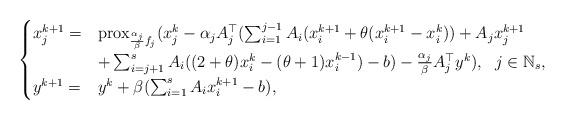
LaTeX: \begin{align*} \begin{cases} x_j^{k+1}=&\mathrm{prox}_{\frac{\alpha_j}{\beta}f_j}(x_j^k-\alpha_jA_j^\top(\sum_{i=1}^{j-1} A_i(x_i^{k+1}+\theta(x_i^{k+1}-x_i^k))+A_jx_j^{k+1}\\ &+\sum_{i=j+1}^sA_i((2+\theta)x_i^k-(\theta+1)x_i^{k-1})-b)- \frac{\alpha_j}{\beta}A_j^\top y^k), ~~j\in\mathbb{N}_s,\\ y^{k+1}=&y^k+\beta(\sum_{i=1}^sA_ix_i^{k+1}-b), \end{cases} \end{align*}